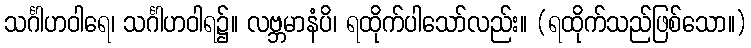
သင်္ဂါဟဝါရေ၊ သင်္ဂါဟဝါရ၌။ လဗ္ဘမာနံပိ၊ ရထိုက်ပါသော်လည်း။ (ရထိုက်သည်ဖြစ်သော။)